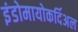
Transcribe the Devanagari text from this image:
इंडोमायोकर्दिअल